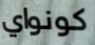
كونواي